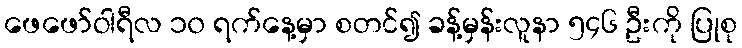
ဖေဖော်ဝါရီလ ၁၀ ရက်နေ့မှာ စတင်၍ ခန့်မှန်းလူနာ ၅၄၆ ဦးကို ပြုစု